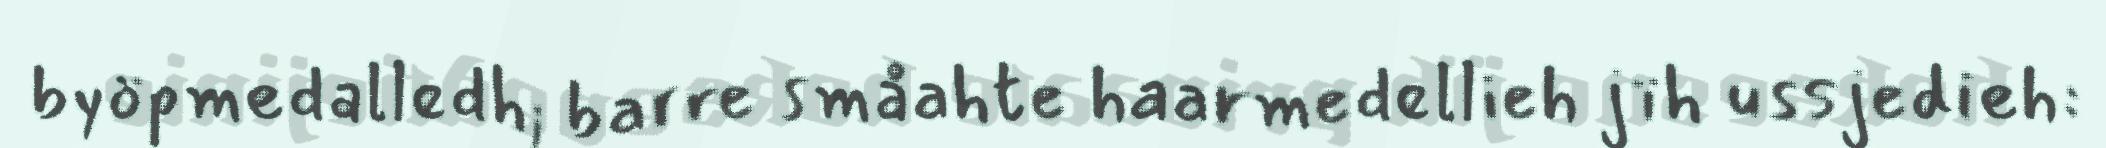
byöpmedalledh; barre småahte haarmedellieh jïh ussjedieh: